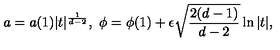
a = a ( 1 ) \vert t \vert ^ { \frac { 1 } { d - 2 } } , \ \phi = \phi ( 1 ) + \epsilon \sqrt { \frac { 2 ( d - 1 ) } { d - 2 } } \ln \vert t \vert ,